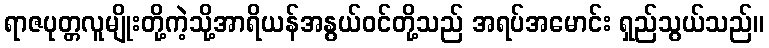
ရာဇပုတ္တလူမျိုးတို့ကဲ့သို့အာရိယန်အနွယ်ဝင်တို့သည် အရပ်အမောင်း ရှည်သွယ်သည်။